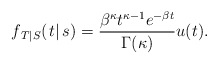
\begin{align*}{f_{\left. T \right|S}}(\left. t \right|s) = \frac{{{\beta ^\kappa }{t^{\kappa - 1}}{e^{ - \beta t}}}}{{\Gamma (\kappa )}}u(t).\end{align*}